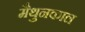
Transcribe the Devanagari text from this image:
मैथुनकाल